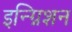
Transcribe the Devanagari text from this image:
इन्ग्निशन